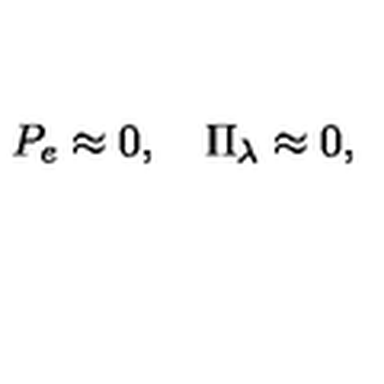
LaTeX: P _ { e } \approx 0 , \quad \Pi _ { \lambda } \approx 0 ,